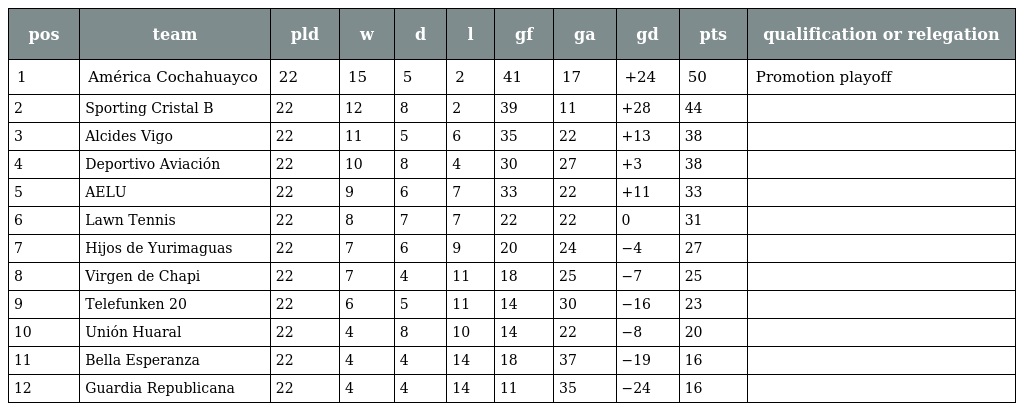
| pos | team | pld | w | d | l | gf | ga | gd | pts | qualification or relegation |
 | --- | --- | --- | --- | --- | --- | --- | --- | --- | --- | --- |
 | 1 | América Cochahuayco | 22 | 15 | 5 | 2 | 41 | 17 | +24 | 50 | Promotion playoff |
 | 2 | Sporting Cristal B | 22 | 12 | 8 | 2 | 39 | 11 | +28 | 44 |  |
 | 3 | Alcides Vigo | 22 | 11 | 5 | 6 | 35 | 22 | +13 | 38 |  |
 | 4 | Deportivo Aviación | 22 | 10 | 8 | 4 | 30 | 27 | +3 | 38 |  |
 | 5 | AELU | 22 | 9 | 6 | 7 | 33 | 22 | +11 | 33 |  |
 | 6 | Lawn Tennis | 22 | 8 | 7 | 7 | 22 | 22 | 0 | 31 |  |
 | 7 | Hijos de Yurimaguas | 22 | 7 | 6 | 9 | 20 | 24 | −4 | 27 |  |
 | 8 | Virgen de Chapi | 22 | 7 | 4 | 11 | 18 | 25 | −7 | 25 |  |
 | 9 | Telefunken 20 | 22 | 6 | 5 | 11 | 14 | 30 | −16 | 23 |  |
 | 10 | Unión Huaral | 22 | 4 | 8 | 10 | 14 | 22 | −8 | 20 |  |
 | 11 | Bella Esperanza | 22 | 4 | 4 | 14 | 18 | 37 | −19 | 16 |  |
 | 12 | Guardia Republicana | 22 | 4 | 4 | 14 | 11 | 35 | −24 | 16 |  |